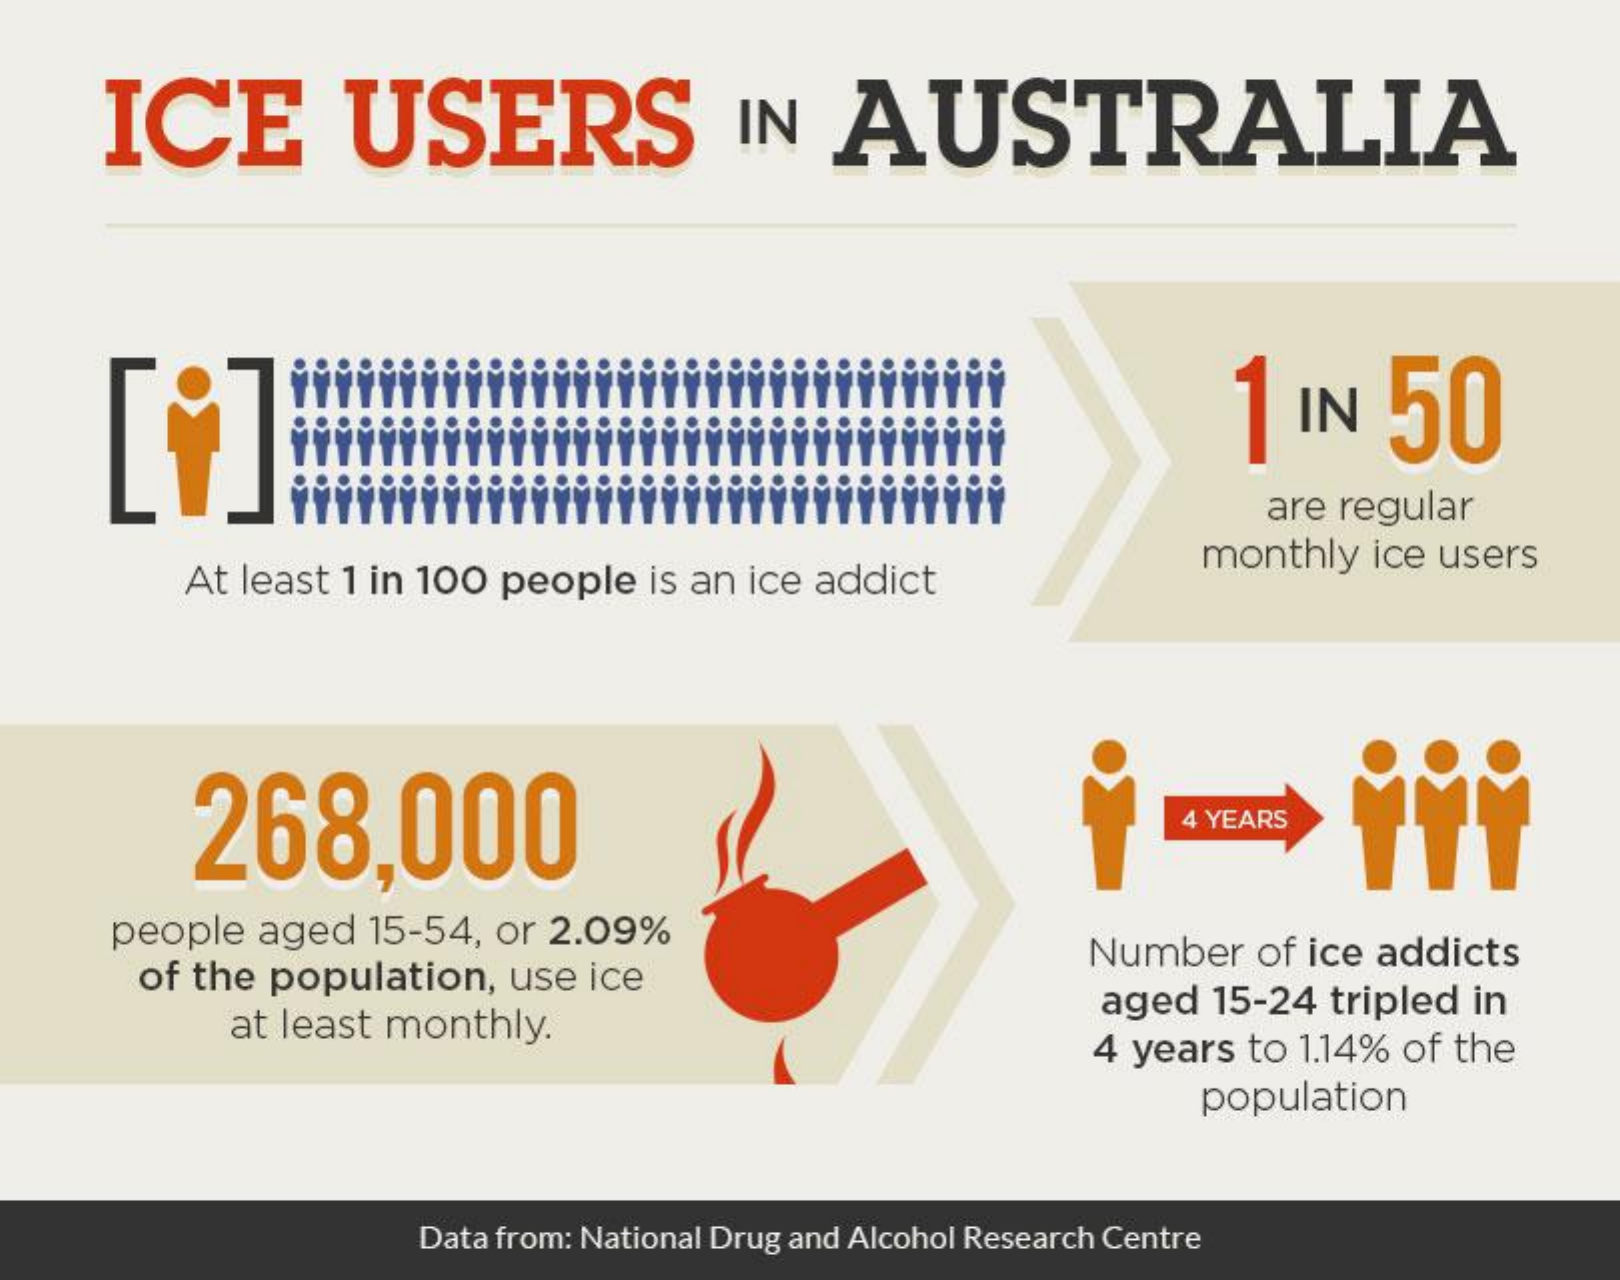
ICE    USERS    IN   AUSTRALIA
     1  IN    50
     are regular
     At least 1 in 100 people  is an ice addict
     monthly   ice users
     268,000    4 YEARS
     people  aged  15-54,  or 2.09%
     of the population,   use  ice
     Number   of ice addicts
     at least monthly.
     aged  15-24 tripled  in
     4 years  to 1.14% of the
     population
     Data from: National Drug and Alcohol Research Centre